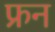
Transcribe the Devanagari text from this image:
फ्रन